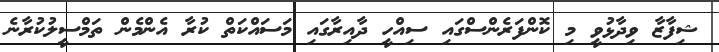
ޝިފާޒާ ވިދާޅުވީ މި ކޮންފަރެންސްގައި ސިއްހީ ދާއިރާގައި މަސައްކަތް ކުރާ އެންމެން ތަމްސީލުކުރާނެ